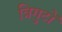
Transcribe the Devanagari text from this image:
त्रिगुटों